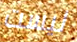
ليست